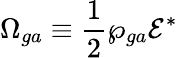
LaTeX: \Omega_{ga}\equiv\frac{1}{2}\wp_{ga}\mathcal{E}^{*}